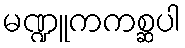
မဏ္ဍူကကစ္ဆပါ